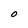
Character: 0